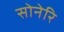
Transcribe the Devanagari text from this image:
सोनेरि